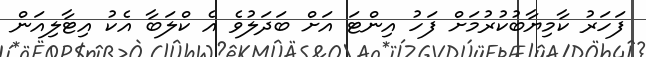
ފަހަރު ކާމިޔާބުކުރުމަށް ފަހު އިންޓަ އަށް ބަދަލުވެ އެ ކްލަބާ އެކު އިޓާލިއަން